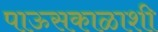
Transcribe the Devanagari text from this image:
पाऊसकाळाशी